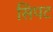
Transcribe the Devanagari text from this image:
सिपट